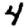
Digit: 4